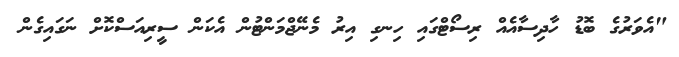
"އެވަރުގެ ބޮޑު ހާދިސާއެއް ރިސޯޓްގައި ހިނގި އިރު މެނޭޖްމަންޓުން އެކަން ސީރިއަސްކޮށް ނަގައިގެން